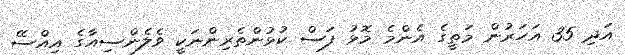
އަދި 35 އަހަރުން މަތީގެ އެންމެ މޮޅު ފަސް ކުޅުންތެރިންނަކީ ވެލެންސިއާގެ އިއްސޭ